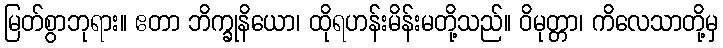
မြတ်စွာဘုရား။ ဧတာ ဘိက္ခုနိယော၊ ထိုရဟန်းမိန်းမတို့သည်။ ဝိမုတ္တာ၊ ကိလေသာတို့မှ